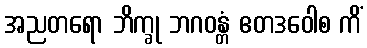
အညတရော ဘိက္ခု ဘဂဝန္တံ ဧတဒဝေါစ ကိံ